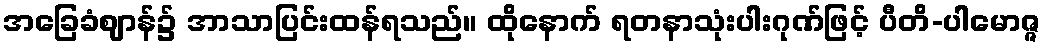
အခြေခံဈာန်၌ အာသာပြင်းထန်ရသည်။ ထိုနောက် ရတနာသုံးပါးဂုဏ်ဖြင့် ပီတိ-ပါမောဇ္ဇ